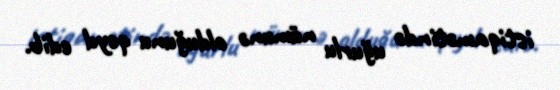
istiqamətində uğurlu nümunə olduğunu qeyd edib.